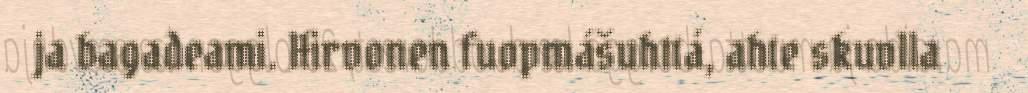
ja bagadeami. Hirvonen fuopmášuhttá, ahte skuvlla